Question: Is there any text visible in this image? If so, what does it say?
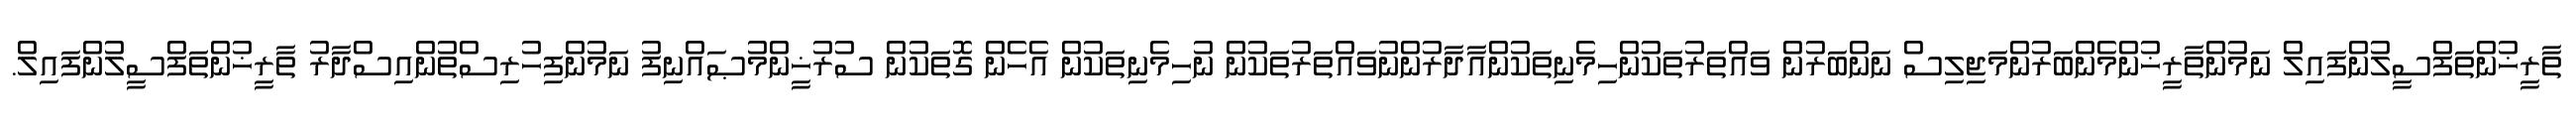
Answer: ތާރީޚުންތަފްސީލުންފައިލް ނަމުންތާރީޚުންމެންބަރުންމަޖިލިސް ނަންބަރުން ވައްތަރުތަކުންހިމެނިތަކުންއާދާރުންނުވައްތަރުތަކުން ނުހިމެނިތަކުން އެހެން ގޮތަކުން ސުރުޚީންމުޞައްނިފު ނަމުންފިހުރިސްތުންއިސްދާރު ތާރީޚުންތަފްސީލުންފައިލް.